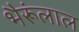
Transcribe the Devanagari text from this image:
भैरूंलाल